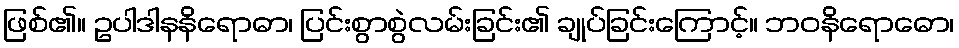
ဖြစ်၏။ ဥပါဒါနနိရောဓာ၊ ပြင်းစွာစွဲလမ်းခြင်း၏ ချုပ်ခြင်းကြောင့်။ ဘဝနိရောဓော၊